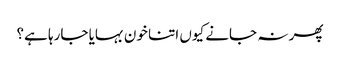
پھر نہ جانے کیوں اتنا خون بہایا جارہا ہے؟